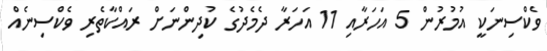
ވެކްސިނަކީ އުމުރުން 5 އަހަރާއި 11 އަހަރާ ދެމެދުގެ ކުދިންނަށް ރައްކާތެރި ވެކްސިނެއް